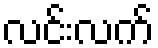
လင်းလက်